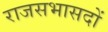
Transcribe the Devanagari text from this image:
राजसभासदों